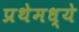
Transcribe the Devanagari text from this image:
प्रथेमध्ये